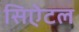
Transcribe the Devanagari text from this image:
सिऐटल